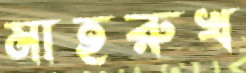
মাহরুখ